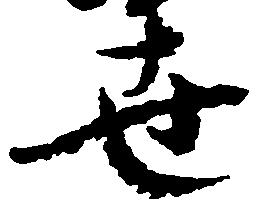
世